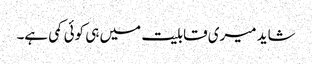
شاید میری قابلیت میں ہی کوئی کمی ہے۔